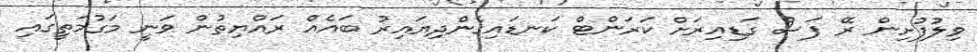
ވިލުފުށިން ރޭ ފަސް ގަޑިއިރަށް ކަރަންޓް ކަނޑައިގެންދިޔައިރު ބައެއް ރައްޔިތުން ވަނީ މަގުމަތީގައި